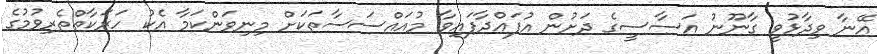
އޭނާ ވިދާޅުވީ ގާނޫނު އަސާސީގެ ދަށުން އުފައްދާފައިވާ މުއައްސަސާތަކަށް މިނިވަންކަމާ އެކު ހަރަކާތްތެރިވުމުގެ